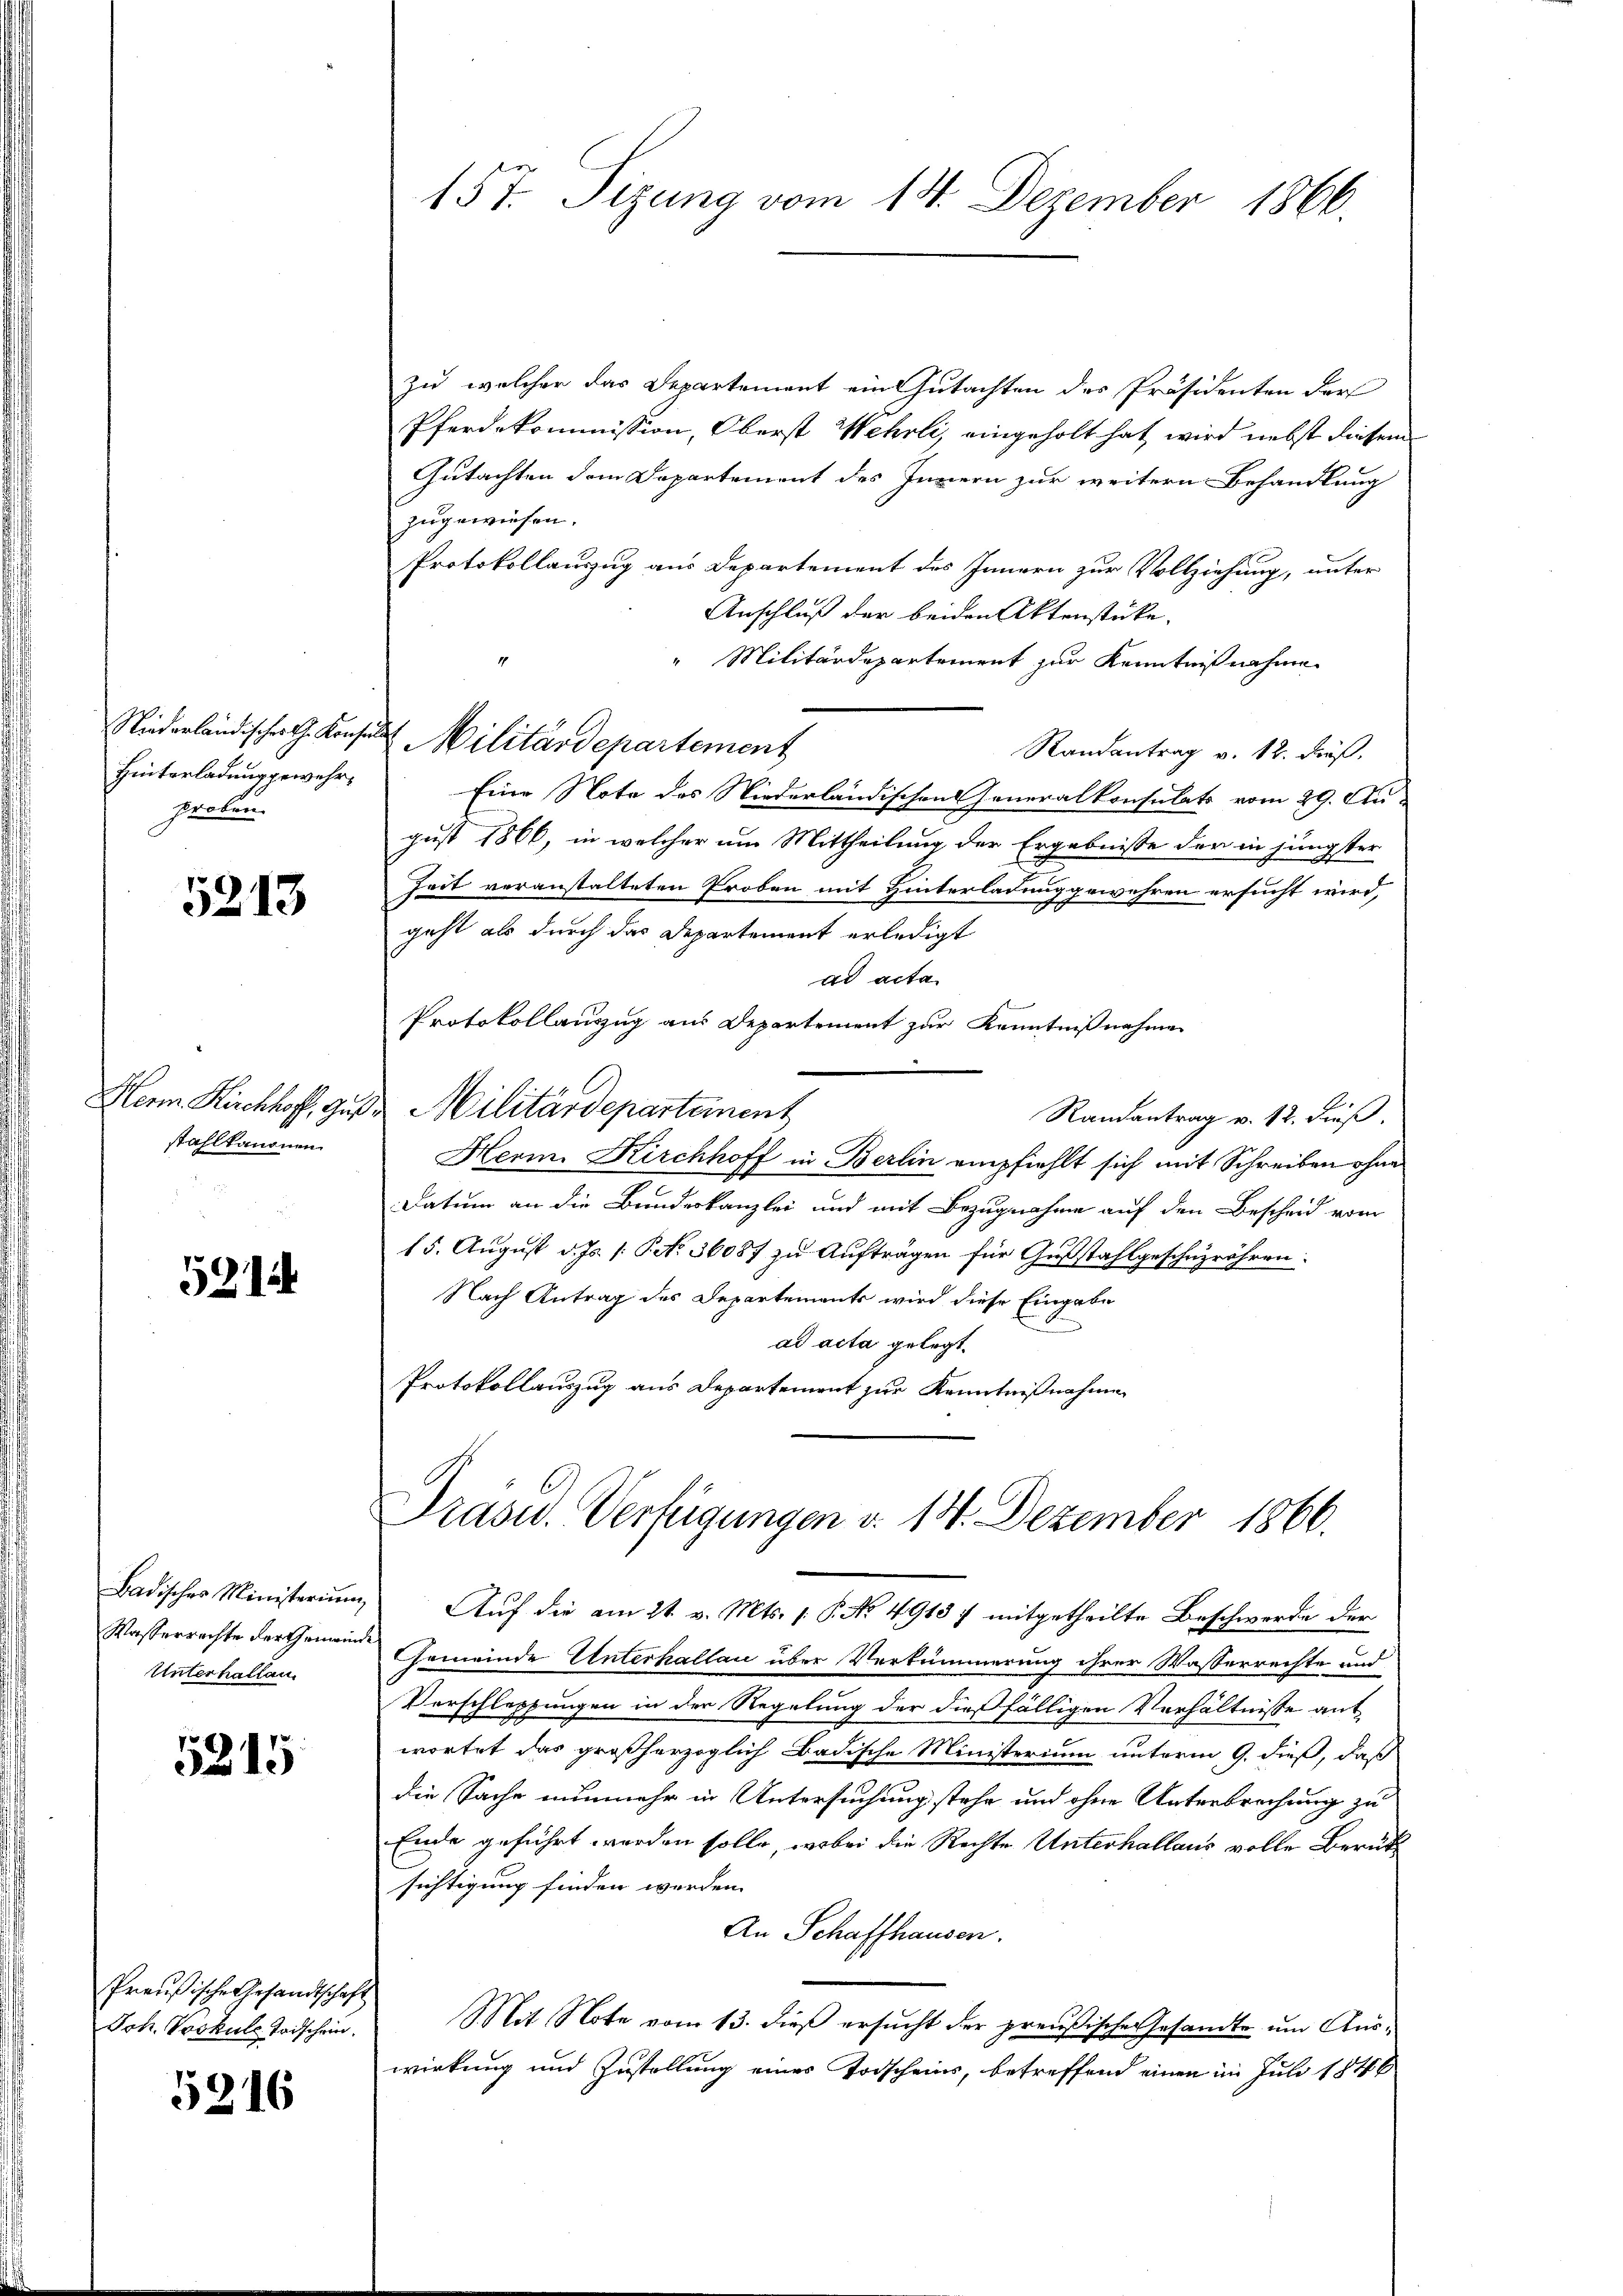
Niederländischer G. Konsin
Hinterladung gewehrproben.

5213

Her Kirchhof, Gut.
stahl kanonen.

5214

Badisches Ministerium
Wasserrechte der Gemeind
Unterhallan

5815

Preußische Gesandtschaft
Joh. Voskule Todschein.

5216

157. Sizung vom 14. Dezember 1866.

zu welcher das Departement ein Gutachten des Präsidenten der
Pferdekommission, Oberst Wehrli, eingeholt hat, wird nebst diesem
Gutachten dem Departement des Innern zur weitern Behandlung
zugewiesen.
Protokollauszug aus Departement des Innern zur Vollziehung, unter
Anschluß der beiden Aktenstücke.
Militärdepartement zur Kenntnißnahme
Randantrag v. 12. dieß.
Eine Note des Niederländischen Generalkonsulats vom 29. Au-
gust 1866, in welcher um Mittheilung der Ergebnisse der in jüngster
Zeit veranstalteten Proben mit Hinterladung gewehren ersucht wird,
geht als durch das Departement erledigt
ad acta
Protokollauszug aus Departement zur Kenntnißnahme
 Militärdeparteinent
Randantrag v. 12. dieß.
Herm. Kirchhoff in Berlin empfiehlt sich mit Schreiben ohne
Datum an die Bundeskanzlei und mit Bezugnahme auf den Bescheid vom
15. August d. Js. /: P. 36087 zu Aufträgen für Gußstahlgeschüzröhren:
Nach Antrag des Departements wird diese Eingabe
ad acta gelegt.
Protokollauszug aus Departement zur Kenntnißnahme

Militärdepartement

Präsid. Verfügungen v. 14. Dezember 1866.
Auf die am 21. v. Mts. 1. P. No 4918 / mitgetheilte Beschwerde der

Gemeinde Unterhallau über Verkümmerung ihrer Wasserrechte und
Verschleppungen in der Regelung der dießfälligen Verhältnisse ant
wortet das großherzoglich Badische Ministerium unterm 9. dieß, daß
die Sache nunmehr in Untersuchung stehe und ohne Unterbrechung zu
Ende geführt worden solle, wobei die Rechte Unterhallaus volle Berütsichtigung finden werden.
An Schaffhausen.
Mit Note vom 13. dieß ersucht der preußische Gesandte um Auswirkung und Zustellung eines Todscheins, betreffend einen im Juli 1846